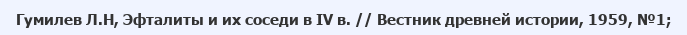
Гумилев Л.Н, Эфталиты и их соседи в ІV в. // Вестник древней истории, 1959, №1;